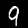
Digit: 9